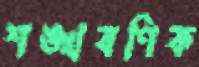
শঙ্খবণিক